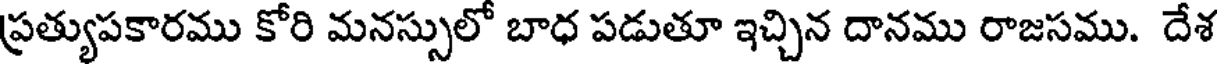
ప్రత్యుపకారము కోరి మనస్సులో బాధ పడుతూ ఇచ్చిన దానము రాజసము. దేశ